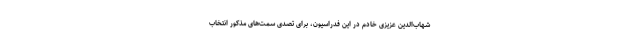
شهاب‌الدین عزیزی خادم در این فدراسیون، برای تصدی سمت‌های مذکور انتخاب